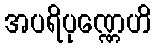
အပရိပုဏ္ဏေဟိ